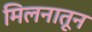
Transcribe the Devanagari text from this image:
मिलनातून